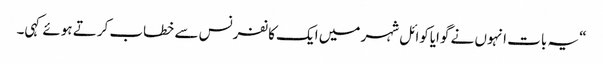
“یہ بات انہوں نے گوایاکوائل شہر میں ایک کانفرنس سے خطاب کرتے ہوئے کہی۔